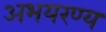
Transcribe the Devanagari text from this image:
अभयरण्य